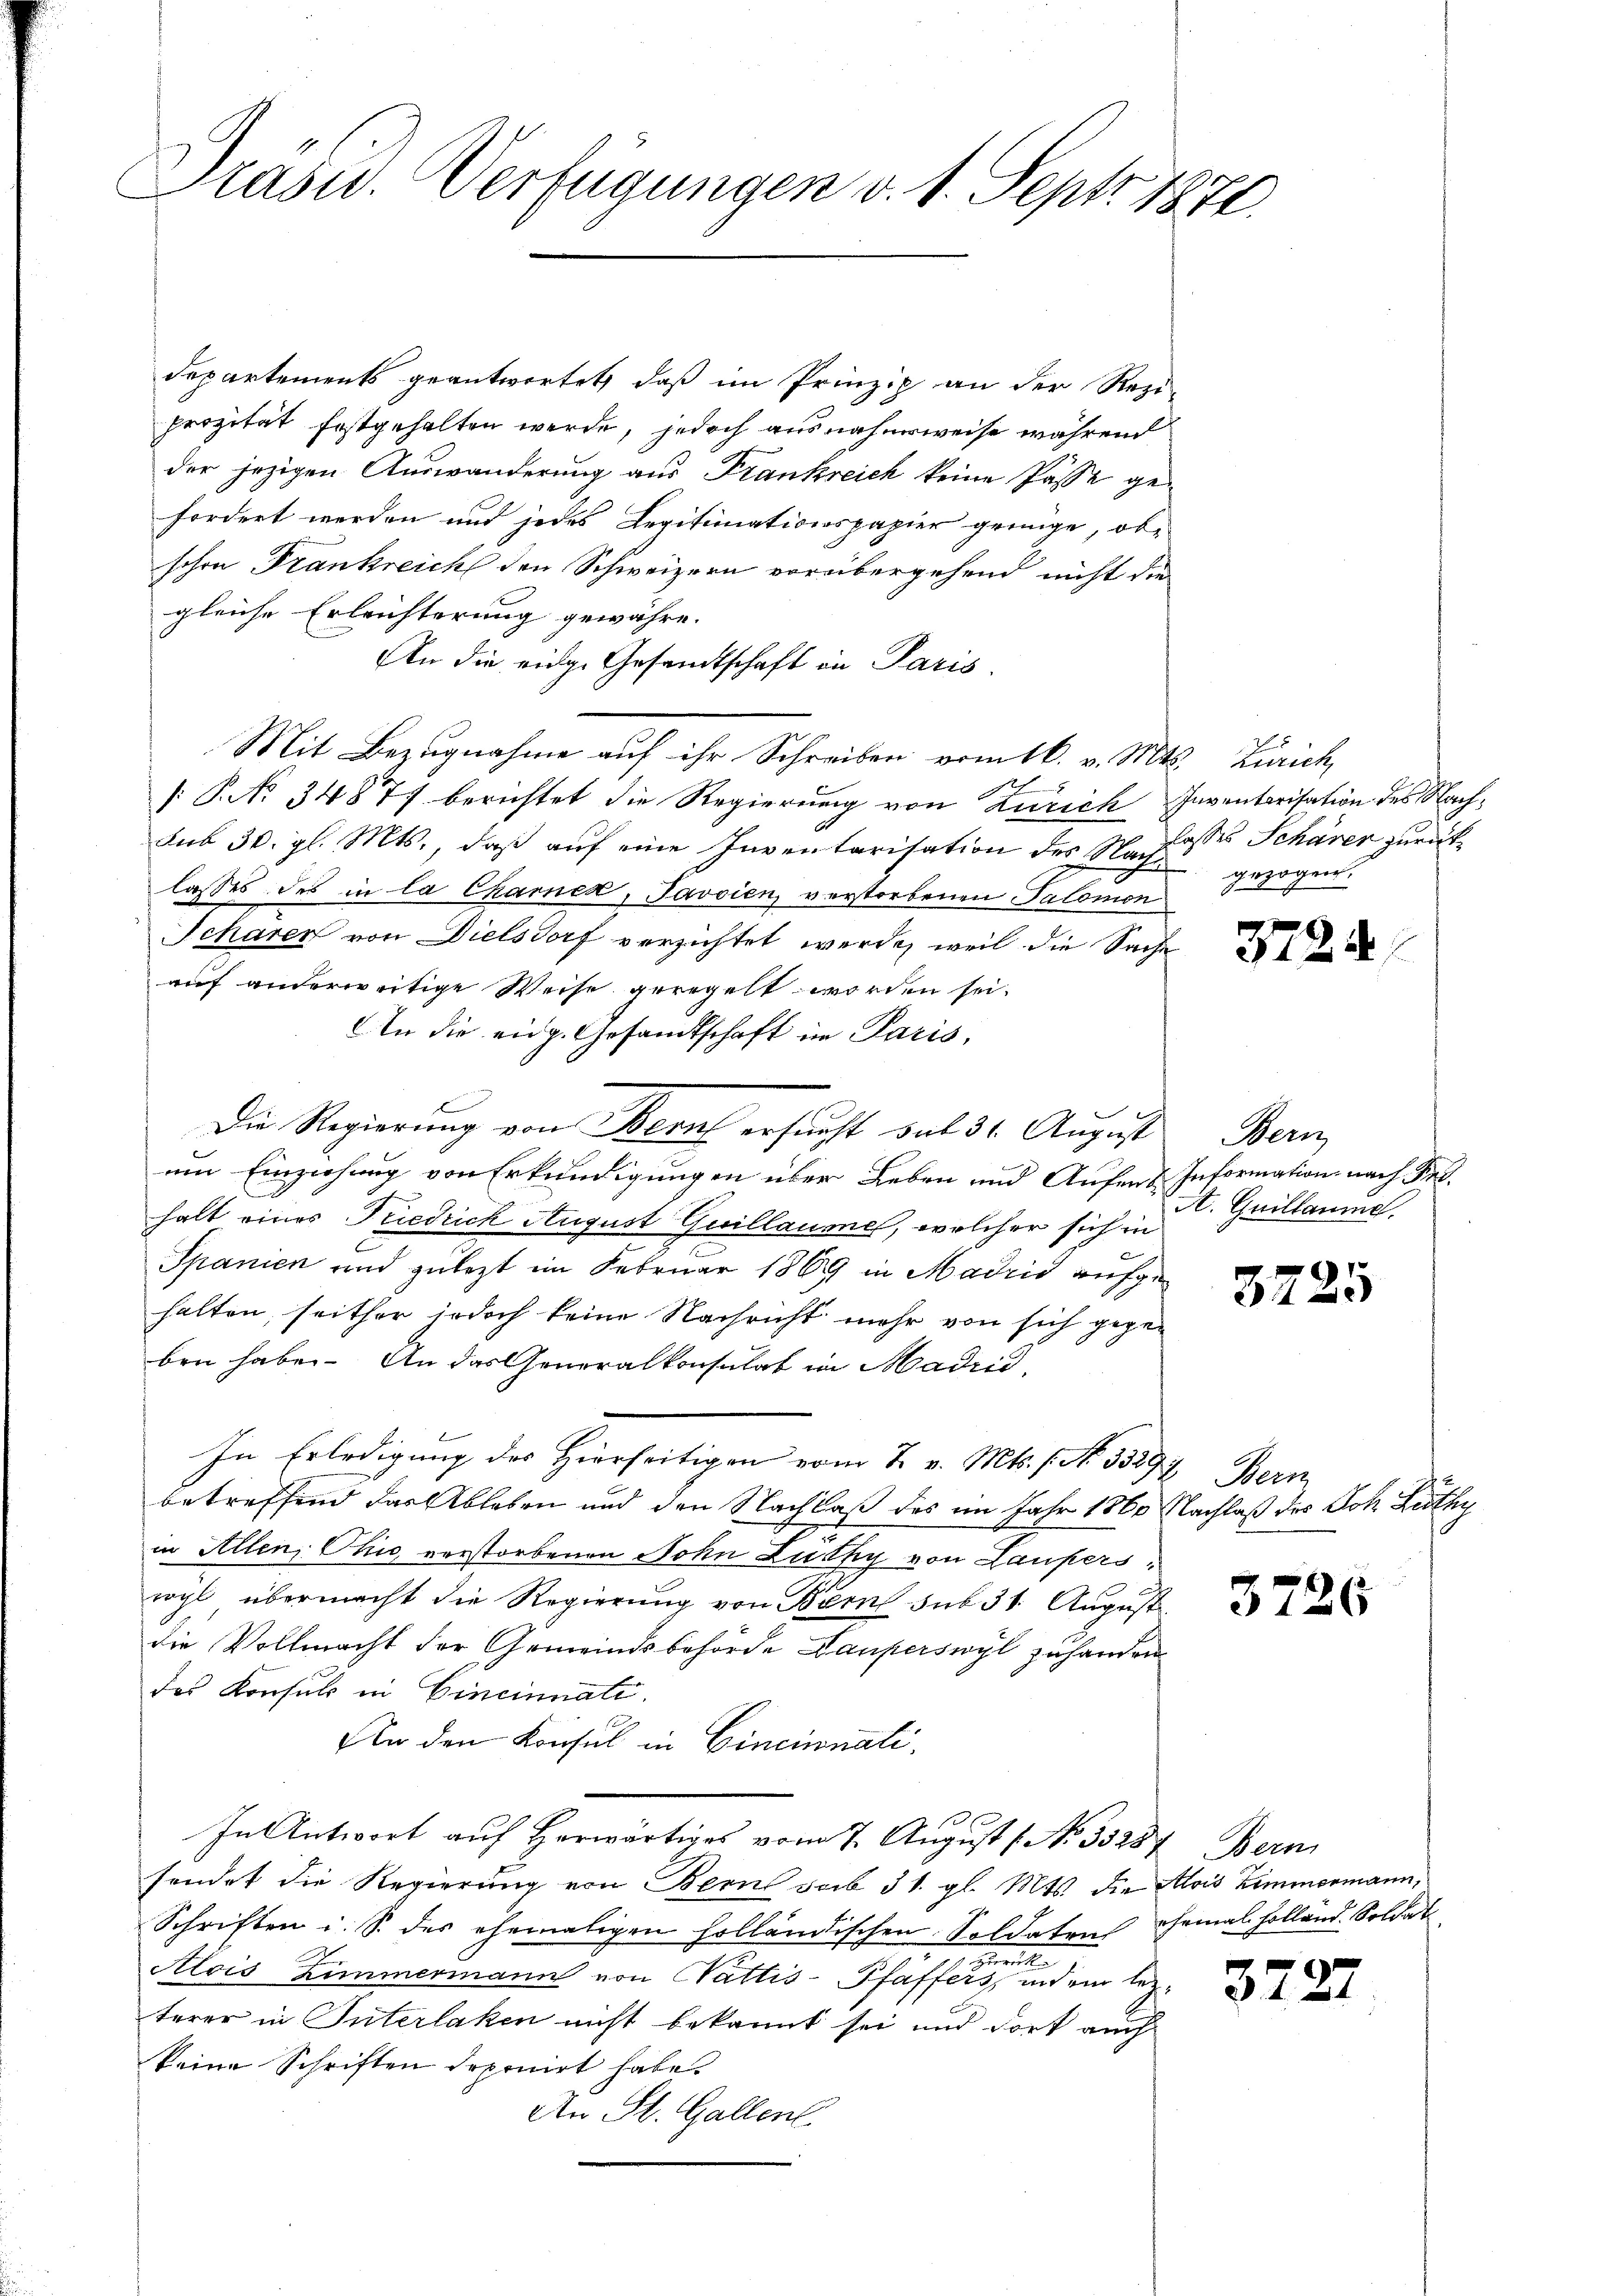
Präsid. Verfügungen d. 1. Sept. 1871.

departements geantwortet, daß im Prinzip an der Rezi-
perzität festgehalten werde, jedoch ausnahmsweise während
der jezigen Auswanderung aus Frankreich keine Pässe gefordert werden und jedes Legitimationspapier geinge, obe
schon Frankreich den Schweizern vorübergehend nicht die
gleiche Erleichterung gewähre.
An die eidge Gesandtschaft in Paris.
Mit Bezugnahme auf ihr Schreiben vom 16. v. Mts. Zürich
[: P. No 34877 berichtet die Regierung von Zürich Inventarisation des Nachsub 30. gl. Mts., daß auf eine Inventarisation des Nachlosses Schärer zurücklasses des in la Chamer, Javsien, verstorbenen Salomon
Scharen von Dielsdorf verzichtet werde, weil die Sache
auf anderweitige Weise geregelt worden sei.
An die eidg. Gesandtschaft in Paris,
Die Regierung von Beruf ersucht sul 31. August Bern
um Einziehung von Erkundigungen über Leben und Aufend Information nach Red
halt eines Friedrich August Guillaume, welcher sich in
Spanien und zulezt im Februar 1869 in Madrid aufgehalten, seither jedoch keine Nachricht mehr von sich gegeben haben. An das Generalkonsulat in Madrid,
In Erledigung des Hierseitigen vom 7. v. Mts. 1. No. 33297 Bern
betreffend das Ableben und den Nachlaß des im Jahr 1860 Nachlaß des Joh. Lüthy
in Allen, Chić verstorbenen Sohn Luchy von Laupersrogl übermacht die Regierung von Bern sub 31. August
die Vollmacht der Gemeindsbehörde Lauperswyl zu handen
des Konsuls in Eineinnate.
An den Konsul in Cincinati
In Antwort auf herwärtiges vom 7. August ( No. 35287. Bern
sendet die Regierung von Bern sub 31. gl. Mts. die Alois Zimmermann,
Schriften i. S. des ehemaligen holländischen Soldaten ehemal holländ. Soldat
e
Alois Zimmermann von Gattis-Pfaffers, indem lezterer in Interlaken nicht bekannt sei und dort auch
keine Schriften deponirt habe.
An St. Gallen.

gezogen.

3724.

A. Quillaume

3725

3726

3.

27